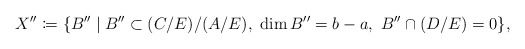
\begin{align*}X''\coloneqq \{B'' \mid B''\subset (C/E)/(A/E),\ \dim B'' = b-a,\ B''\cap (D/E) = 0\},\end{align*}